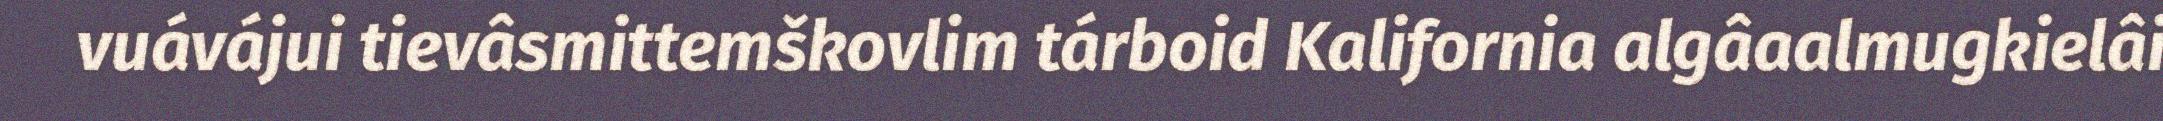
vuávájui tievâsmittemškovlim tárboid Kalifornia algâaalmugkielâi